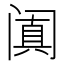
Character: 阗